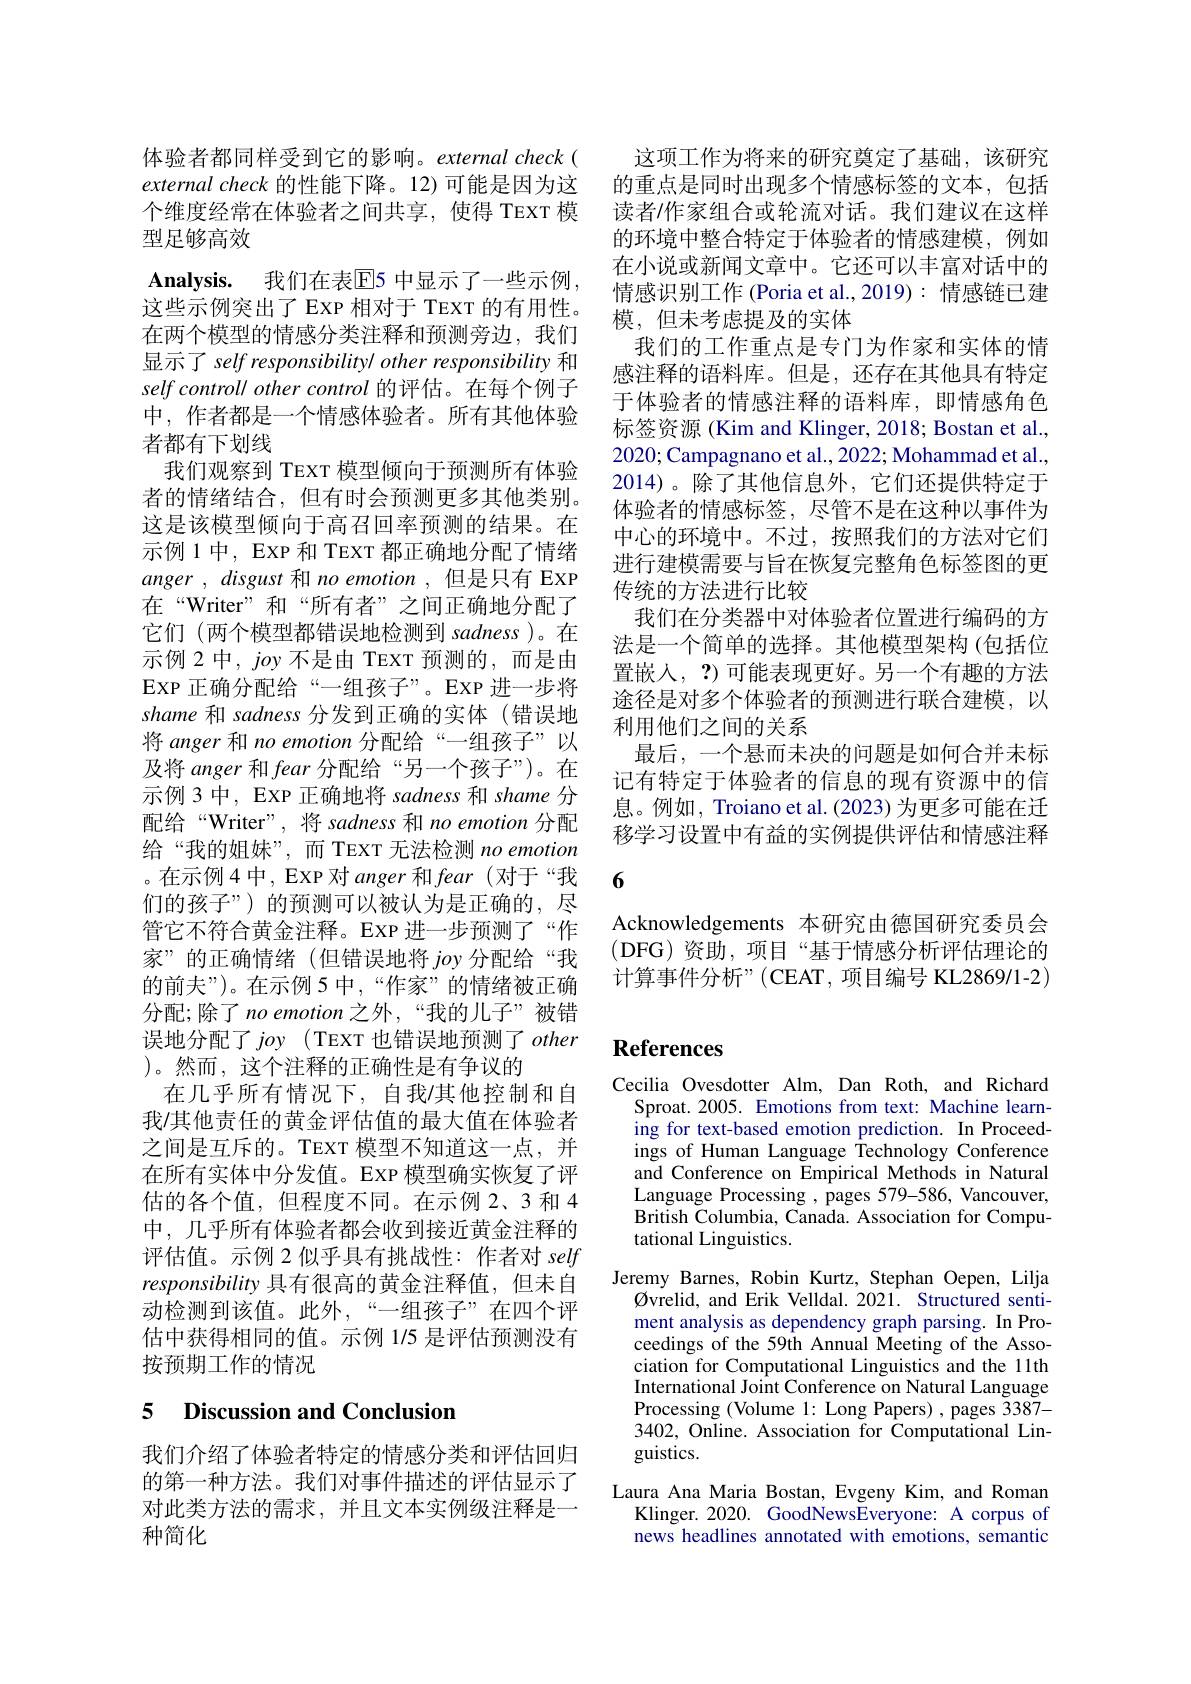
$\textbf{Analysis. }$ 我们在表$\overline{\mathrm{E}}$5 中显示了一些示例， 这些示例突出了 EXP 相对于 TEXT 的有用性。

体验者都同样受到它的影响。external check( external check 的性能下降。12)可能是因为这个维度经常在体验者之间共享，使得 TEXT 模型足够高效
在两个模型的情感分类注释和预测旁边，我们显示了 self responsibility/ other responsibility 和self controll other control 的评估。在每个例子中，作者都是一个情感体验者。所有其他体验者都有下划线
我们观察到 TEXT 模型倾向于预测所有体验者的情绪结合，但有时会预测更多其他类别。这是该模型倾向于高召回率预测的结果。在示例 1 中，EXP 和 TEXT 都正确地分配了情绪anger , disgust 和 no emotion ,但是只有 EXP 在“Writer”和“所有者”之间正确地分配了它们 (两个模型都错误地检测到 sadness)。在示例 2 中，joy 不是由 TEXT 预测的，而是由EXP 正确分配给“一组孩子”。EXP 进一步将shame 和 sadness 分发到正确的实体 (错误地将 anger 和 no emotion 分配给“一组孩子”以及将 anger 和 fear 分配给“另一个孩子”)。在示例 3 中，EXP 正确地将 sadness 和 shame 分配给“Writer”,将 sadness 和 no emotion 分配给“我的姐妹”,而 TEXT 无法检测 no emotion 。在示例4中，EXP 对anger和 fear (对于“我们的孩子”) 的预测可以被认为是正确的，尽管它不符合黄金注释。EXP 进一步预测了“作家”的正确情绪(但错误地将 joy 分配给“我的前夫”)。在示例 5 中，“作家”的情绪被正确分配；除了 no emotion 之外，“我的儿子”被错误地分配了joy (TEXT 也错误地预测了other )。然而，这个注释的正确性是有争议的
在几乎所有情况下，自我/其他控制和自我/其他责任的黄金评估值的最大值在体验者之间是互斥的。TEXT 模型不知道这一点，并在所有实体中分发值。EXP 模型确实恢复了评估的各个值，但程度不同。在示例2、3 和 4中，几乎所有体验者都会收到接近黄金注释的评估值。示例 2 似乎具有挑战性：作者对self responsibility 具有很高的黄金注释值，但未自动检测到该值。此外，“一组孩子”在四个评估中获得相同的值。示例 1/5 是评估预测没有按预期工作的情况

### 5 Discussion and Conclusion

我们介绍了体验者特定的情感分类和评估回归的第一种方法。我们对事件描述的评估显示了对此类方法的需求，并且文本实例级注释是一种简化

这项工作为将来的研究奠定了基础，该研究的重点是同时出现多个情感标签的文本，包括读者/作家组合或轮流对话。我们建议在这样的环境中整合特定于体验者的情感建模，例如在小说或新闻文章中。它还可以丰富对话中的情感识别工作 (Poria et al.,2019): 情感链已建模，但未考虑提及的实体
我们的工作重点是专门为作家和实体的情感注释的语料库。但是，还存在其他具有特定于体验者的情感注释的语料库，即情感角色标签资源 (Kim and Klinger, 2018; Bostan et al., 2020; Campagnano et al., 2022; Mohammad et al., 2014)。除了其他信息外，它们还提供特定于体验者的情感标签，尽管不是在这种以事件为中心的环境中。不过，按照我们的方法对它们进行建模需要与旨在恢复完整角色标签图的更传统的方法进行比较
我们在分类器中对体验者位置进行编码的方法是一个简单的选择。其他模型架构 (包括位置嵌人，?) 可能表现更好。另一个有趣的方法途径是对多个体验者的预测进行联合建模，以利用他们之间的关系
最后，一个悬而未决的问题是如何合并未标记有特定于体验者的信息的现有资源中的信息。例如，Troiano et al. (2023) 为更多可能在迁移学习设置中有益的实例提供评估和情感注释6

Acknowledgements 本研究由德国研究委员会(DFG)资助，项目“基于情感分析评估理论的计算事件分析”(CEAT,项目编号 KL2869/1-2)

## References

Cecilia Ovesdotter Alm, Dan Roth, and Richard
Sproat. 2005. Emotions from text: Machine learning for text-based emotion prediction. In Proceedings of Human Language Technology Conference and Conference on Empirical Methods in Natural Language Processing , pages 579-586, Vancouver, British Columbia, Canada. Association for Computational Linguistics.
Jeremy Barnes, Robin Kurtz, Stephan Oepen, Lilja
$\emptyset$vrelid, and Erik Velldal. 2021. Structured sentiment analysis as dependency graph parsing. In Proceedings of the 59th Annual Meeting of the Association for Computational Linguistics and the 11th International Joint Conference on Natural Language Processing (Volume 1: Long Papers) , pages 3387- 3402, Online. Association for Computational Linguistics.
Laura Ana Maria Bostan, Evgeny Kim, and Roman
Klinger. 2020. GoodNewsEveryone: A corpus of news headlines annotated with emotions, semantic